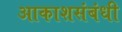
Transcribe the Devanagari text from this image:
आकाशसंबंधी